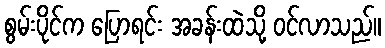
စွမ်းပိုင်က ပြောရင်း အခန်းထဲသို့ ဝင်လာသည်။